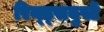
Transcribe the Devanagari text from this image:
रिन्ड्सवुर्स्टे